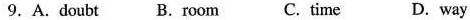
9. A.Doubt B.Room C.Time D.Way